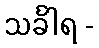
သင်္ခါရ -